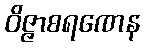
ဝိဇ္ဇာစရဏေန